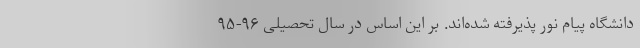
دانشگاه پیام نور پذیرفته شده‌اند. بر این اساس در سال تحصیلی ۹۶-۹۵